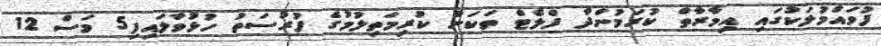
ފުވައްމުލަކުގައި އިމާރާތް ކުރަމުންދާ ފްލެޓް ތަކަށް ކުރިމަތިލުމުގެ ފުރުސަތު ހުޅުވާލައިފި5 މަސް 12